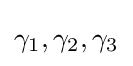
{\textstyle \gamma _{1},\gamma _{2},\gamma _{3}}